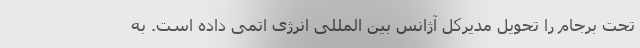
تحت برجام را تحویل مدیرکل آژانس بین المللی انرژی اتمی داده است. به